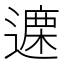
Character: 𫑃